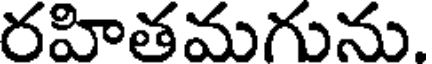
రహితమగును.